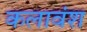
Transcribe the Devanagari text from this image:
कलावंश